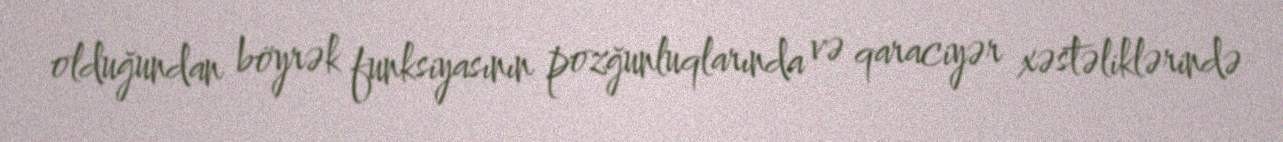
olduğundan böyrək funksiyasının pozğunluqlarında və qaraciyər xəstəliklərində